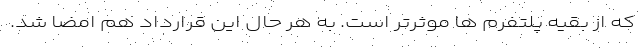
که از بقیه پلتفرم ها موثرتر است. به هر حال این قرارداد هم امضا شد.